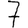
Digit: 7